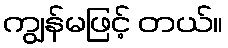
ကျွန်မဖြင့် တယ်။